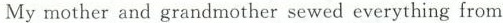
My mother and grandmother sewed everything from